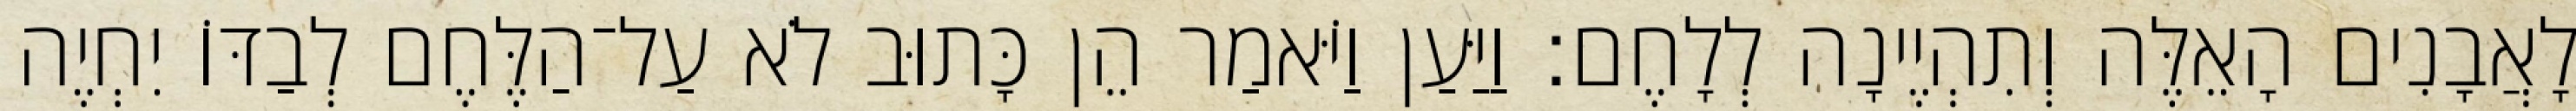
לָאֲבָנִים הָאֵלֶּה וְתִהְיֶינָה לְלָחֶם׃ וַיַּעַן וַיֹּאמַר הֵן כָּתוּב לֹא עַל־הַלֶּחֶם לְבַדּוֹ יִחְיֶה